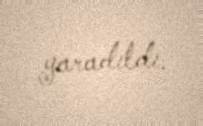
yaradıldı.